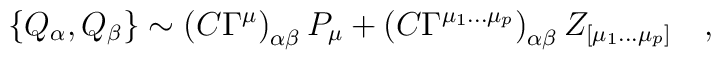
\{ Q_\alpha, Q_\beta \} \sim \left( C \Gamma^\mu \right)_{\alpha\beta}P_\mu + \left( C \Gamma^{\mu_1\ldots\mu_p} \right)_{\alpha\beta}Z_{[\mu_1\ldots\mu_p]} \quad ,